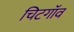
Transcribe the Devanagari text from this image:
चिटगॉव